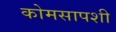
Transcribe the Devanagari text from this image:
कोमसापशी